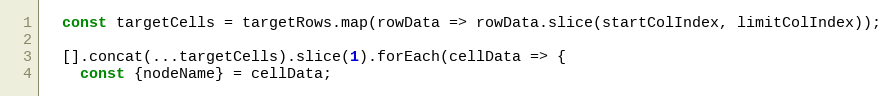
Language: JavaScript
  const targetCells = targetRows.map(rowData => rowData.slice(startColIndex, limitColIndex));

  [].concat(...targetCells).slice(1).forEach(cellData => {
    const {nodeName} = cellData;